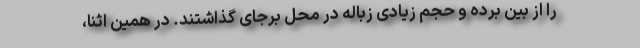
را از بین برده و حجم زیادی زباله در محل برجای گذاشتند. در همین اثنا،